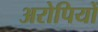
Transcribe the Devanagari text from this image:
अरोपियों